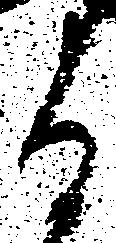
る